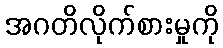
အဂတိလိုက်စားမှုကို